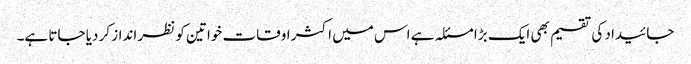
جائیداد کی تقسیم بھی ایک بڑا مسئلہ ہے اس میں اکثر اوقات خواتین کو نظر انداز کر دیا جاتا ہے۔